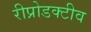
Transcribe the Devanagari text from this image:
रीप्रोडक्टीव